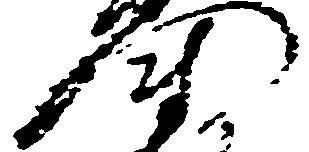
門